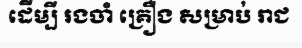
ដើម្បី រងចាំ គ្រឿង សម្រាប់ រាជ